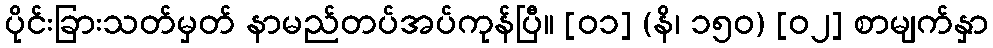
ပိုင်းခြားသတ်မှတ် နာမည်တပ်အပ်ကုန်ပြီ။ [၀၁] (နိ၊ ၁၅၀) [၀၂] စာမျက်နှာ